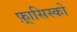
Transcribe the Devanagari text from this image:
फ़्रासिस्को